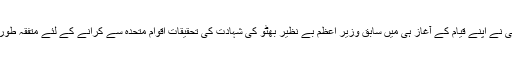
واضح رہے کہ موجودہ قومی اسمبلی نے اپنے قیام کے آغاز ہی میں سابق وزیر اعظم بے نظیر بھٹو کی شہادت کی تحقیقات اقوام متحدہ سے کرانے کے لئے متفقہ طور پر قرار داد کی منظوری دی تھی۔